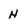
Character: H